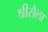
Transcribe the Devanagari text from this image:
श्रीसैला